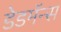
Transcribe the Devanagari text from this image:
डेडमॅन्स